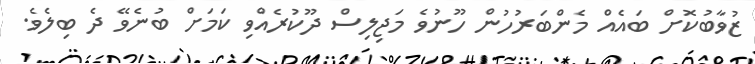
ޒުވާބުކޮށް ބައެއް މެންބަރުހުން ހޫނުވެ މަޖިލިސް ދޫކުރެއްވި ކަމަށް ބުނެވޭ ދެ ބިލެވެ.